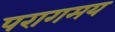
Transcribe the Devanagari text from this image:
परागमय